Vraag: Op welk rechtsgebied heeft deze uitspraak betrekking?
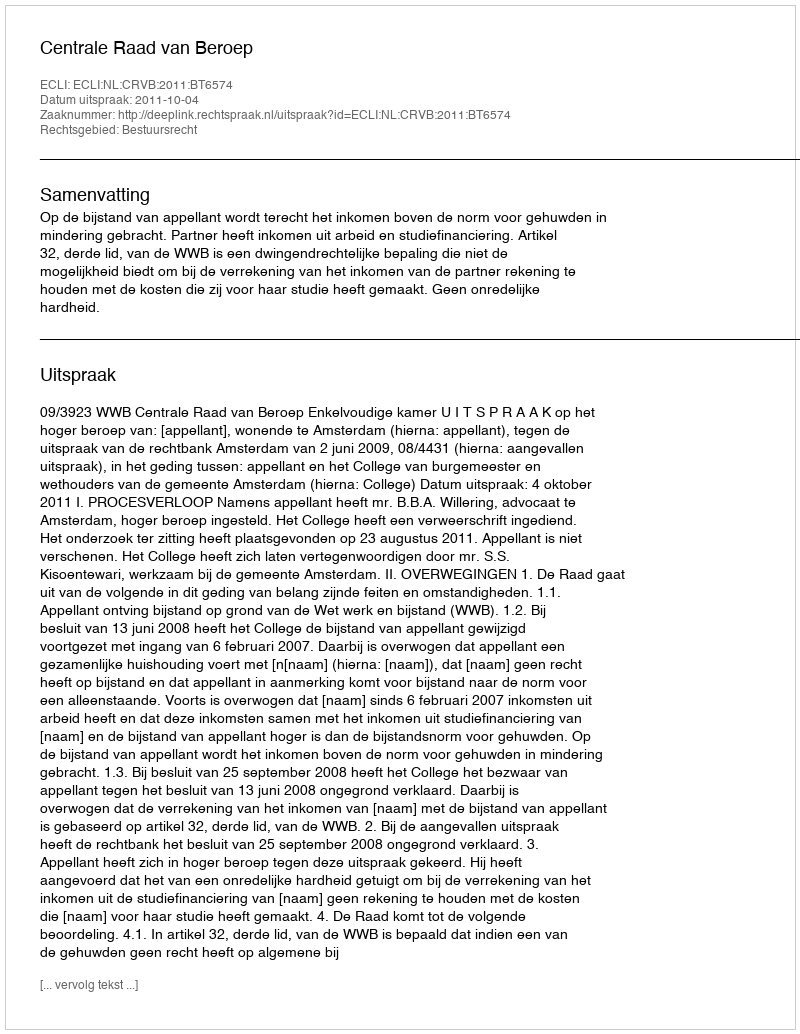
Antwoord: Bestuursrecht